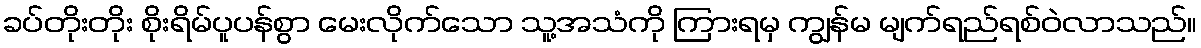
ခပ်တိုးတိုး စိုးရိမ်ပူပန်စွာ မေးလိုက်သော သူ့အသံကို ကြားရမှ ကျွန်မ မျက်ရည်ရစ်ဝဲလာသည်။